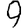
Digit: 9